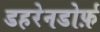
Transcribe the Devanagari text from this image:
डहरेनडोर्फ़